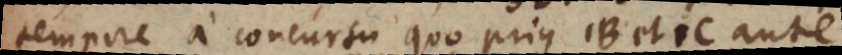
tempore a concursu quo prius B et C ante